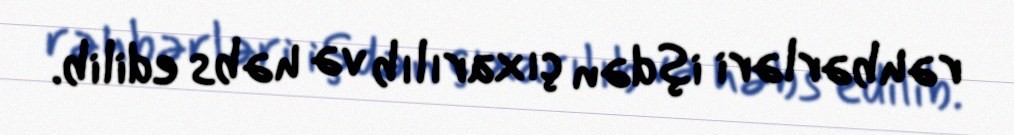
rəhbərləri işdən çıxarılıb və həbs edilib.